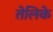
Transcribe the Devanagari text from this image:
तेलिके